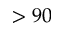
> 9 0